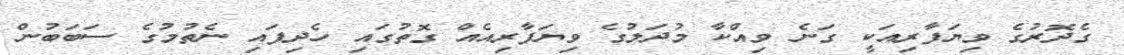
ގެދޮރުގެ ވިޔަފާރިއަކީ ގަނެ ވިއްކާ މުދަލުގެ ވިޔަފާރިއެއް ގޮތުގައި ހެދިފައި ނެތުމުގެ ސަބަބުން